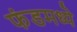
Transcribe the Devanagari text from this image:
फंडमध्ये